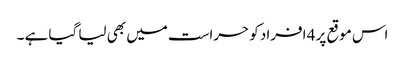
اس موقع پر 4 افراد کو حراست میں بھی لیا گیا ہے ۔